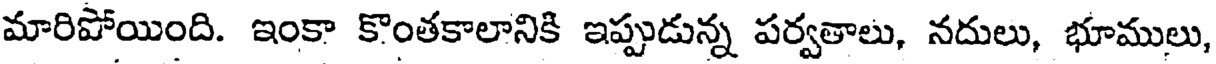
మారిపోయింది. ఇంకా కొంతకాలానికి ఇప్పుడున్న పర్వతాలు, నదులు, భూములు